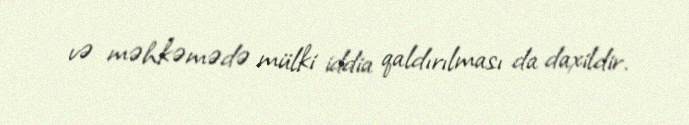
və məhkəmədə mülki iddia qaldırılması da daxildir.